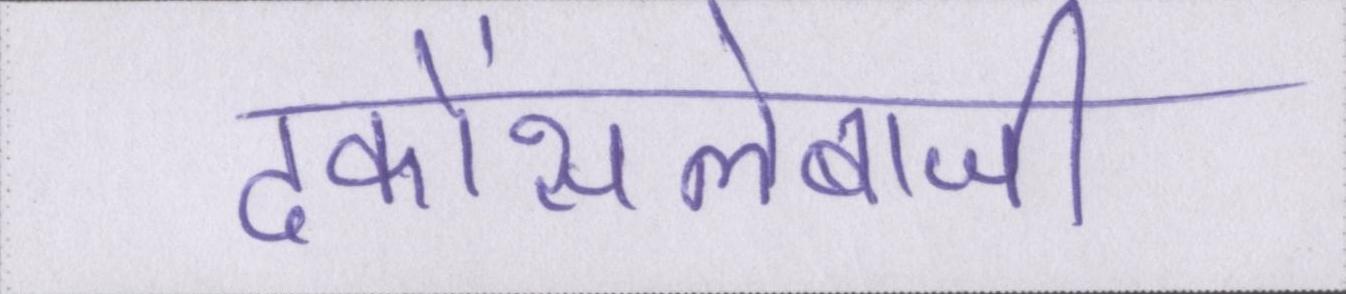
ढकोंसलेबाजी